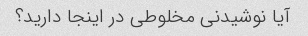
آیا نوشیدنی مخلوطی در اینجا دارید؟